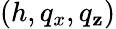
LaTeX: (h,q_{x},q_{\mathbf{z}})